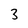
Character: 3